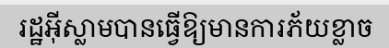
រដ្ឋអ៊ីស្លាមបានធ្វើឱ្យមានការភ័យខ្លាច